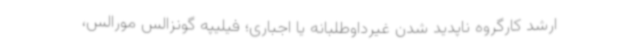
ارشد کارگروه ناپدید شدن غیرداوطلبانه یا اجباری؛ فیلیپه گونزالس مورالس،